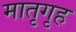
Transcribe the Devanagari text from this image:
मातृगृह